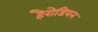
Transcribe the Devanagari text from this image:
हैरोडियन